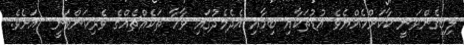
ލިބިގެންވަނީ ކާކަށްހެއްޔެވެ އުޑުތަކާއި ބިމާއި އެދެމެދުގައި ވާހާ ތަކެއްޗެއްގެ ވެރިކަންވަނީ  އަށެވެ.